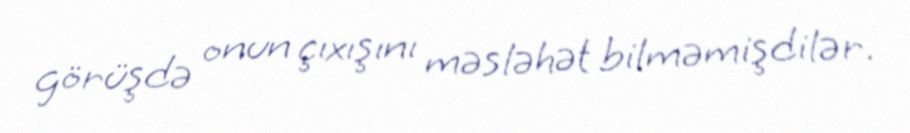
görüşdə onun çıxışını məsləhət bilməmişdilər.